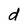
Character: d